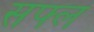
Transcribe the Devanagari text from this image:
सफ्ल